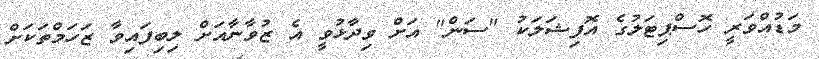
މަޑުއްވަރީ ހޮސްޕިޓަލުގެ އޮފިޝަލަކު "ސަން" އަށް ވިދާޅުވީ އެ ޒުވާނާއަށް ލިބިފައިވާ ޒަހަމްތަކަށް